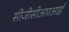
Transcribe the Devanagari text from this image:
सीजीसीआरआई